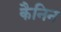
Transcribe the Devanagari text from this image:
कैनिन